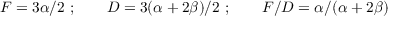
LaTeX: F = 3 \alpha / 2 \ ; \qquad D = 3 ( \alpha + 2 \beta ) / 2 \ ; \qquad { F / D } = { \alpha } / ( \alpha + 2 \beta )